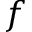
f